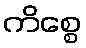
ကိစ္စေ